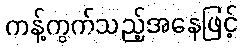
ကန့်ကွက်သည့်အနေဖြင့်